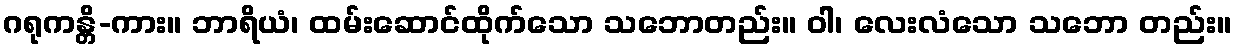
ဂရုကန္တိ-ကား။ ဘာရိယံ၊ ထမ်းဆောင်ထိုက်သော သဘောတည်း။ ဝါ၊ လေးလံသော သဘော တည်း။